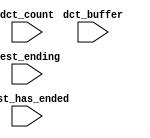
module NIOS_Sys_nios2_qsys_0_oci_test_bench (
                                              // inputs:
                                               dct_buffer,
                                               dct_count,
                                               test_ending,
                                               test_has_ended
                                            )
;

  input   [ 29: 0] dct_buffer;
  input   [  3: 0] dct_count;
  input            test_ending;
  input            test_has_ended;


endmodule